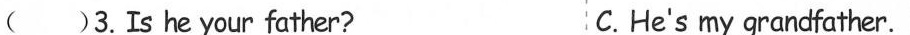
( )3.Is he your father? C.He's my grandfather.